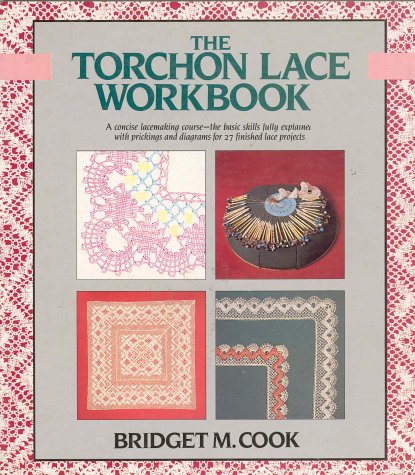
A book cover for The Torchon Lace Workbook; Bridget M. Cook; Crafts, Hobbies & Home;